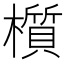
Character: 櫍